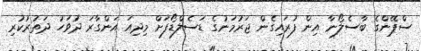
ސްޕޭންގެ ބާސެލޯނާ އިން ފުރައިގެން ޖަރުމަނުގެ ޑަސެލްޑޯފަށް މިދިއަ އަންގާރަ ދުވަހު ދަތުރުކުރި